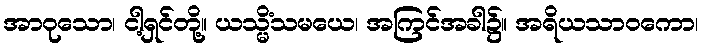
အာဝုသော၊ ငါ့ရှင်တို့။ ယသ္မိံသမယေ၊ အကြင်အခါ၌။ အရိယသာဝကော၊